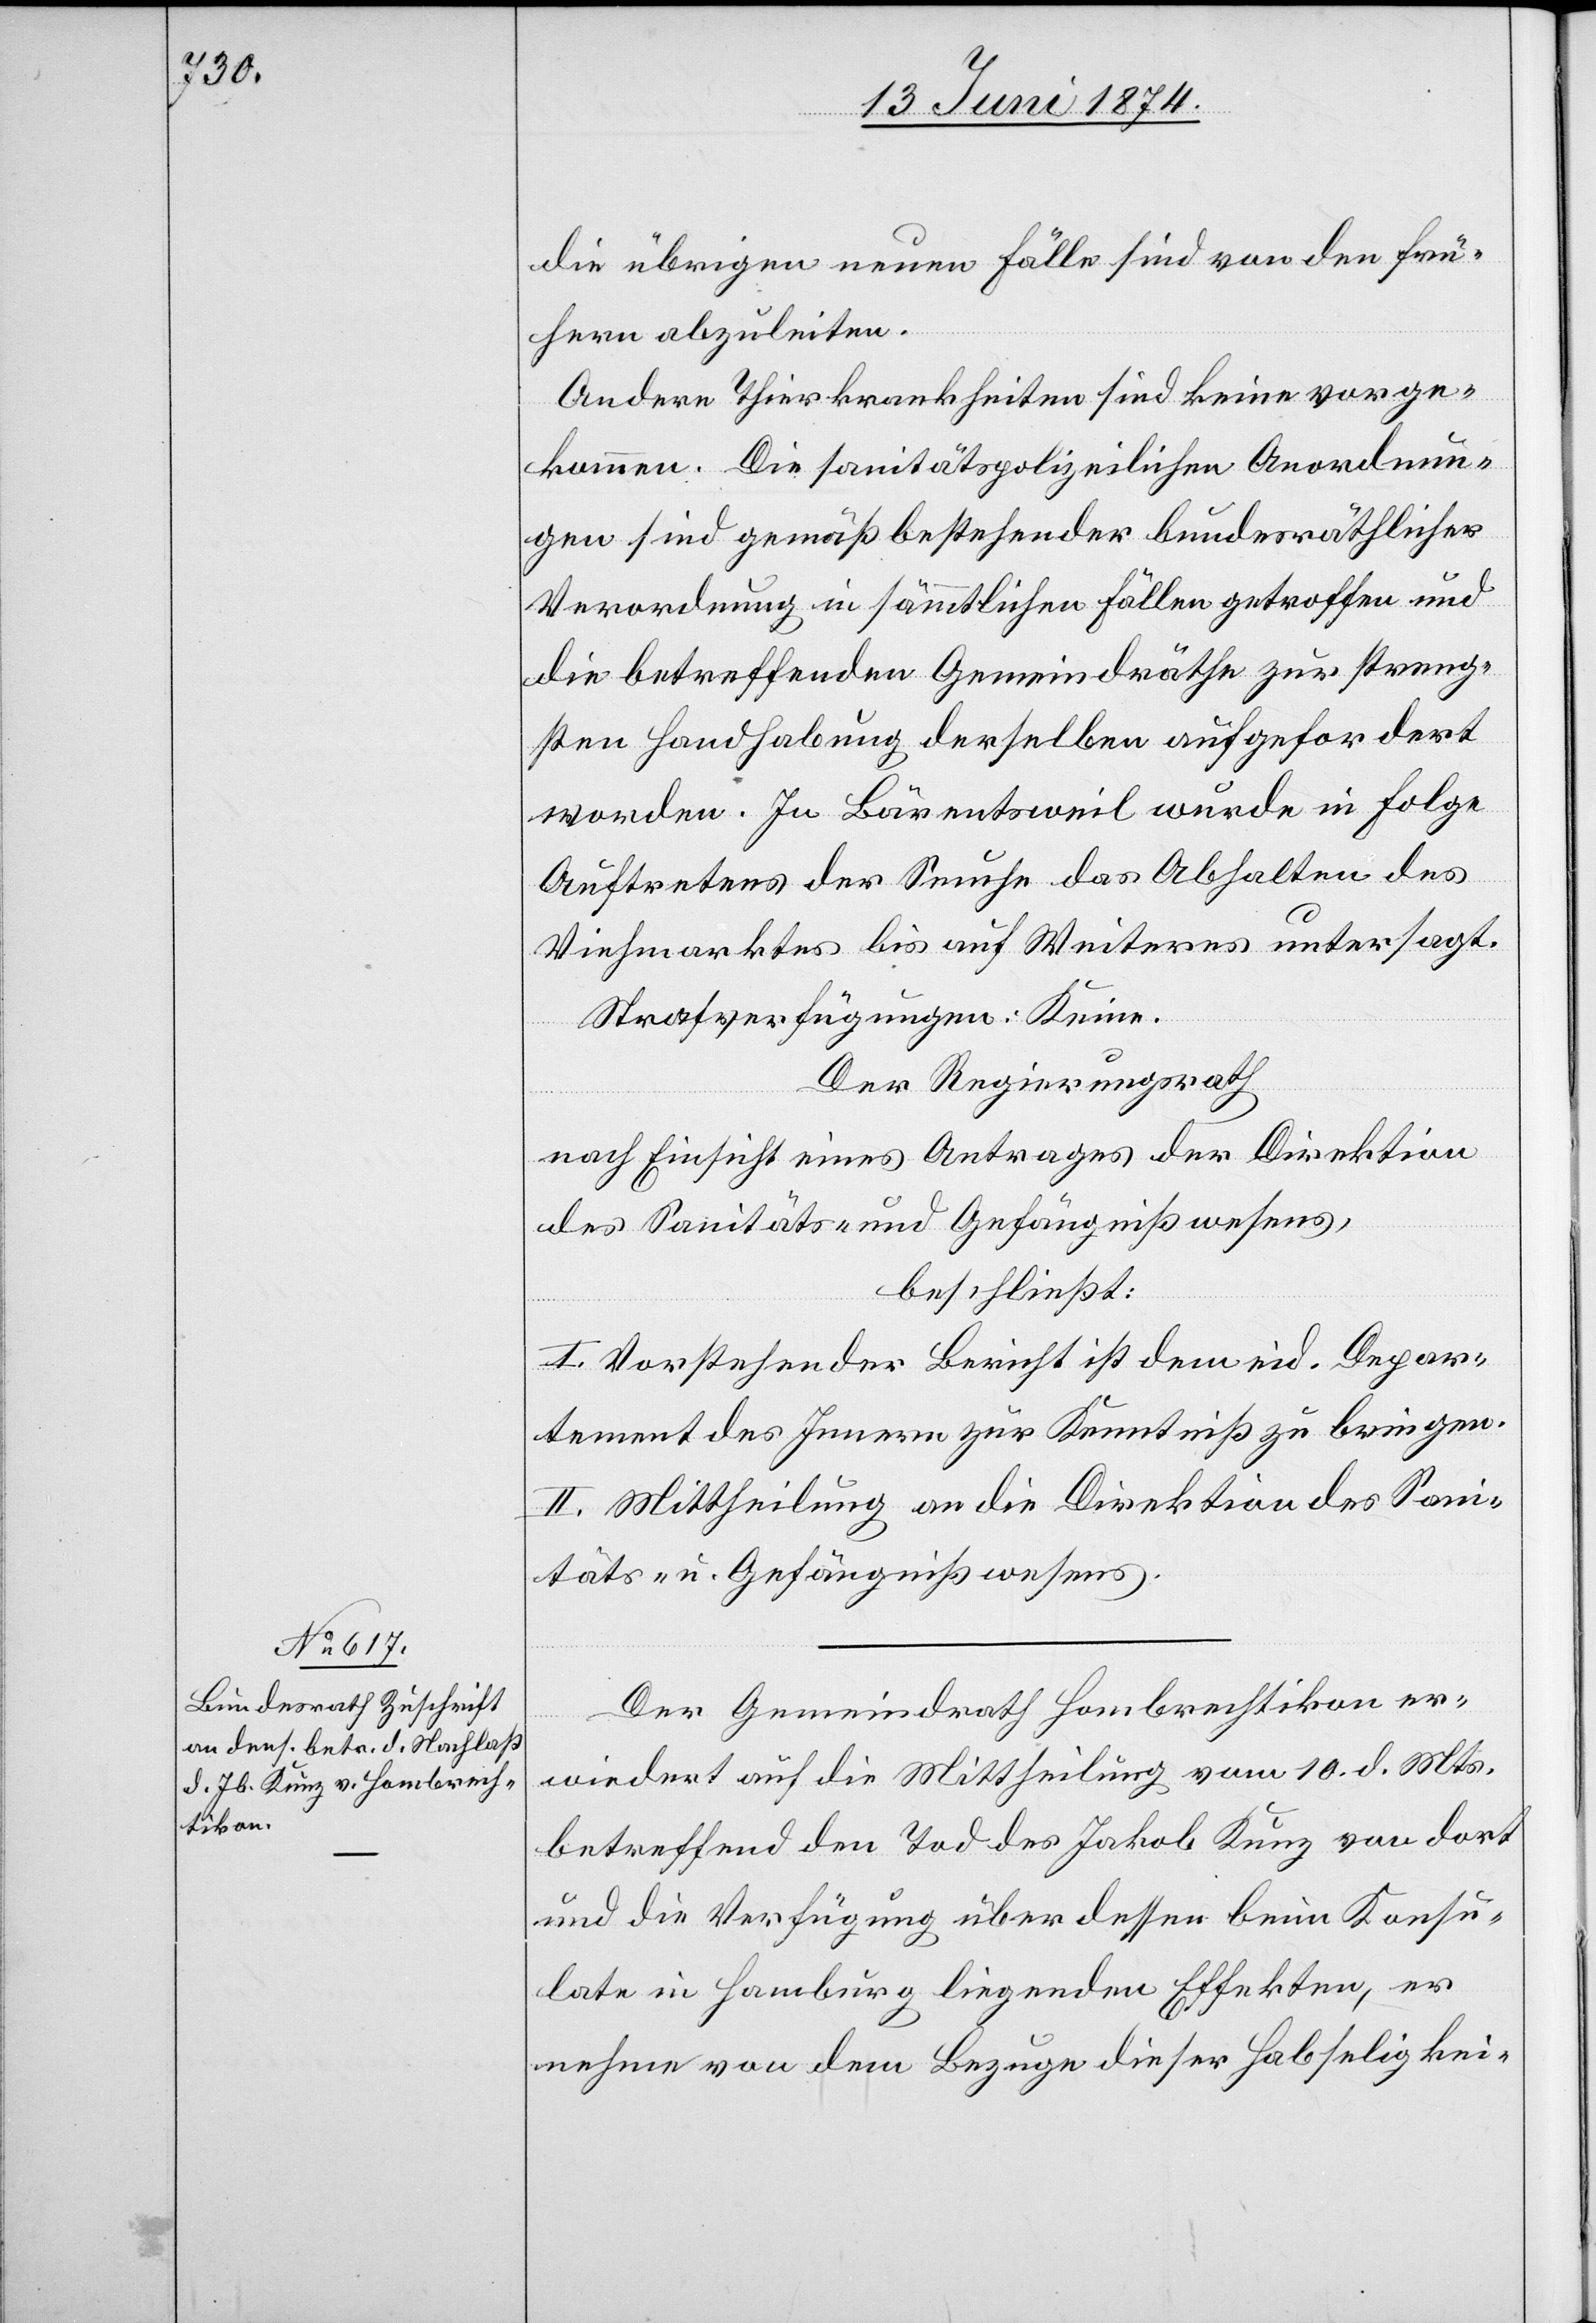
15. Juni 1874.]
die übrigen neuen Fälle sind von den frü¬
hern abzuleiten.
Andere Thierkrankheiten sind keine vorge¬
kommen. Die sanitätspolizeilichen Anordnun¬
gen sind gemäß bestehender bundesräthlicher
Verordnung in sämmtlichen Fällen getroffen und
die betreffenden Gemeindräthe zur streng¬
sten Handhabung derselben aufgefordert
worden. In Bärentsweil wurde in Folge
Auftretens der Seuche das Abhalten des
Viehmarktes bis auf Weiteres untersagt.
Strafverfügungen: Keine.
Der Regierungsrath
nach Einsicht eines Antrages der Direktion
des Sanitäts- und Gefängnißwesens,
beschließt:
I. Vorstehender Bericht ist dem eid. Depar¬
tement des Innern zur Kenntniß zu bringen.
II. Mittheilung an die Direktion des Sani¬
täts- u. Gefängnißwesens.
Der Gemeindrath Hombrechtikon er¬
wiedert auf die Mittheilung vom 10. d. Mts.
betreffend den Tod des Jakob Kunz von dort
und die Verfügung über dessen beim Konsu¬
late in Hamburg liegenden Effekten, er
nehme von dem Bezuge dieser Habseligkei-